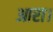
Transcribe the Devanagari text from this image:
आरा।